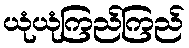
ယုံယုံကြည်ကြည်